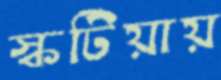
স্কটিয়ায়